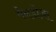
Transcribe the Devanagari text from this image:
मेनडोज़ा